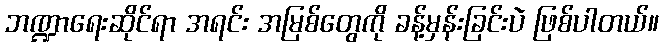
ဘဏ္ဍာရေးဆိုင်ရာ အရင်း အမြစ်တွေကို ခန့်မှန်းခြင်းပဲ ဖြစ်ပါတယ်။